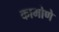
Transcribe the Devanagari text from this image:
कामोणे